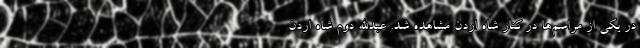
در یکی از مراسم‌ها در کنار شاه اردن مشاهده شد. عبدالله دوم شاه اردن